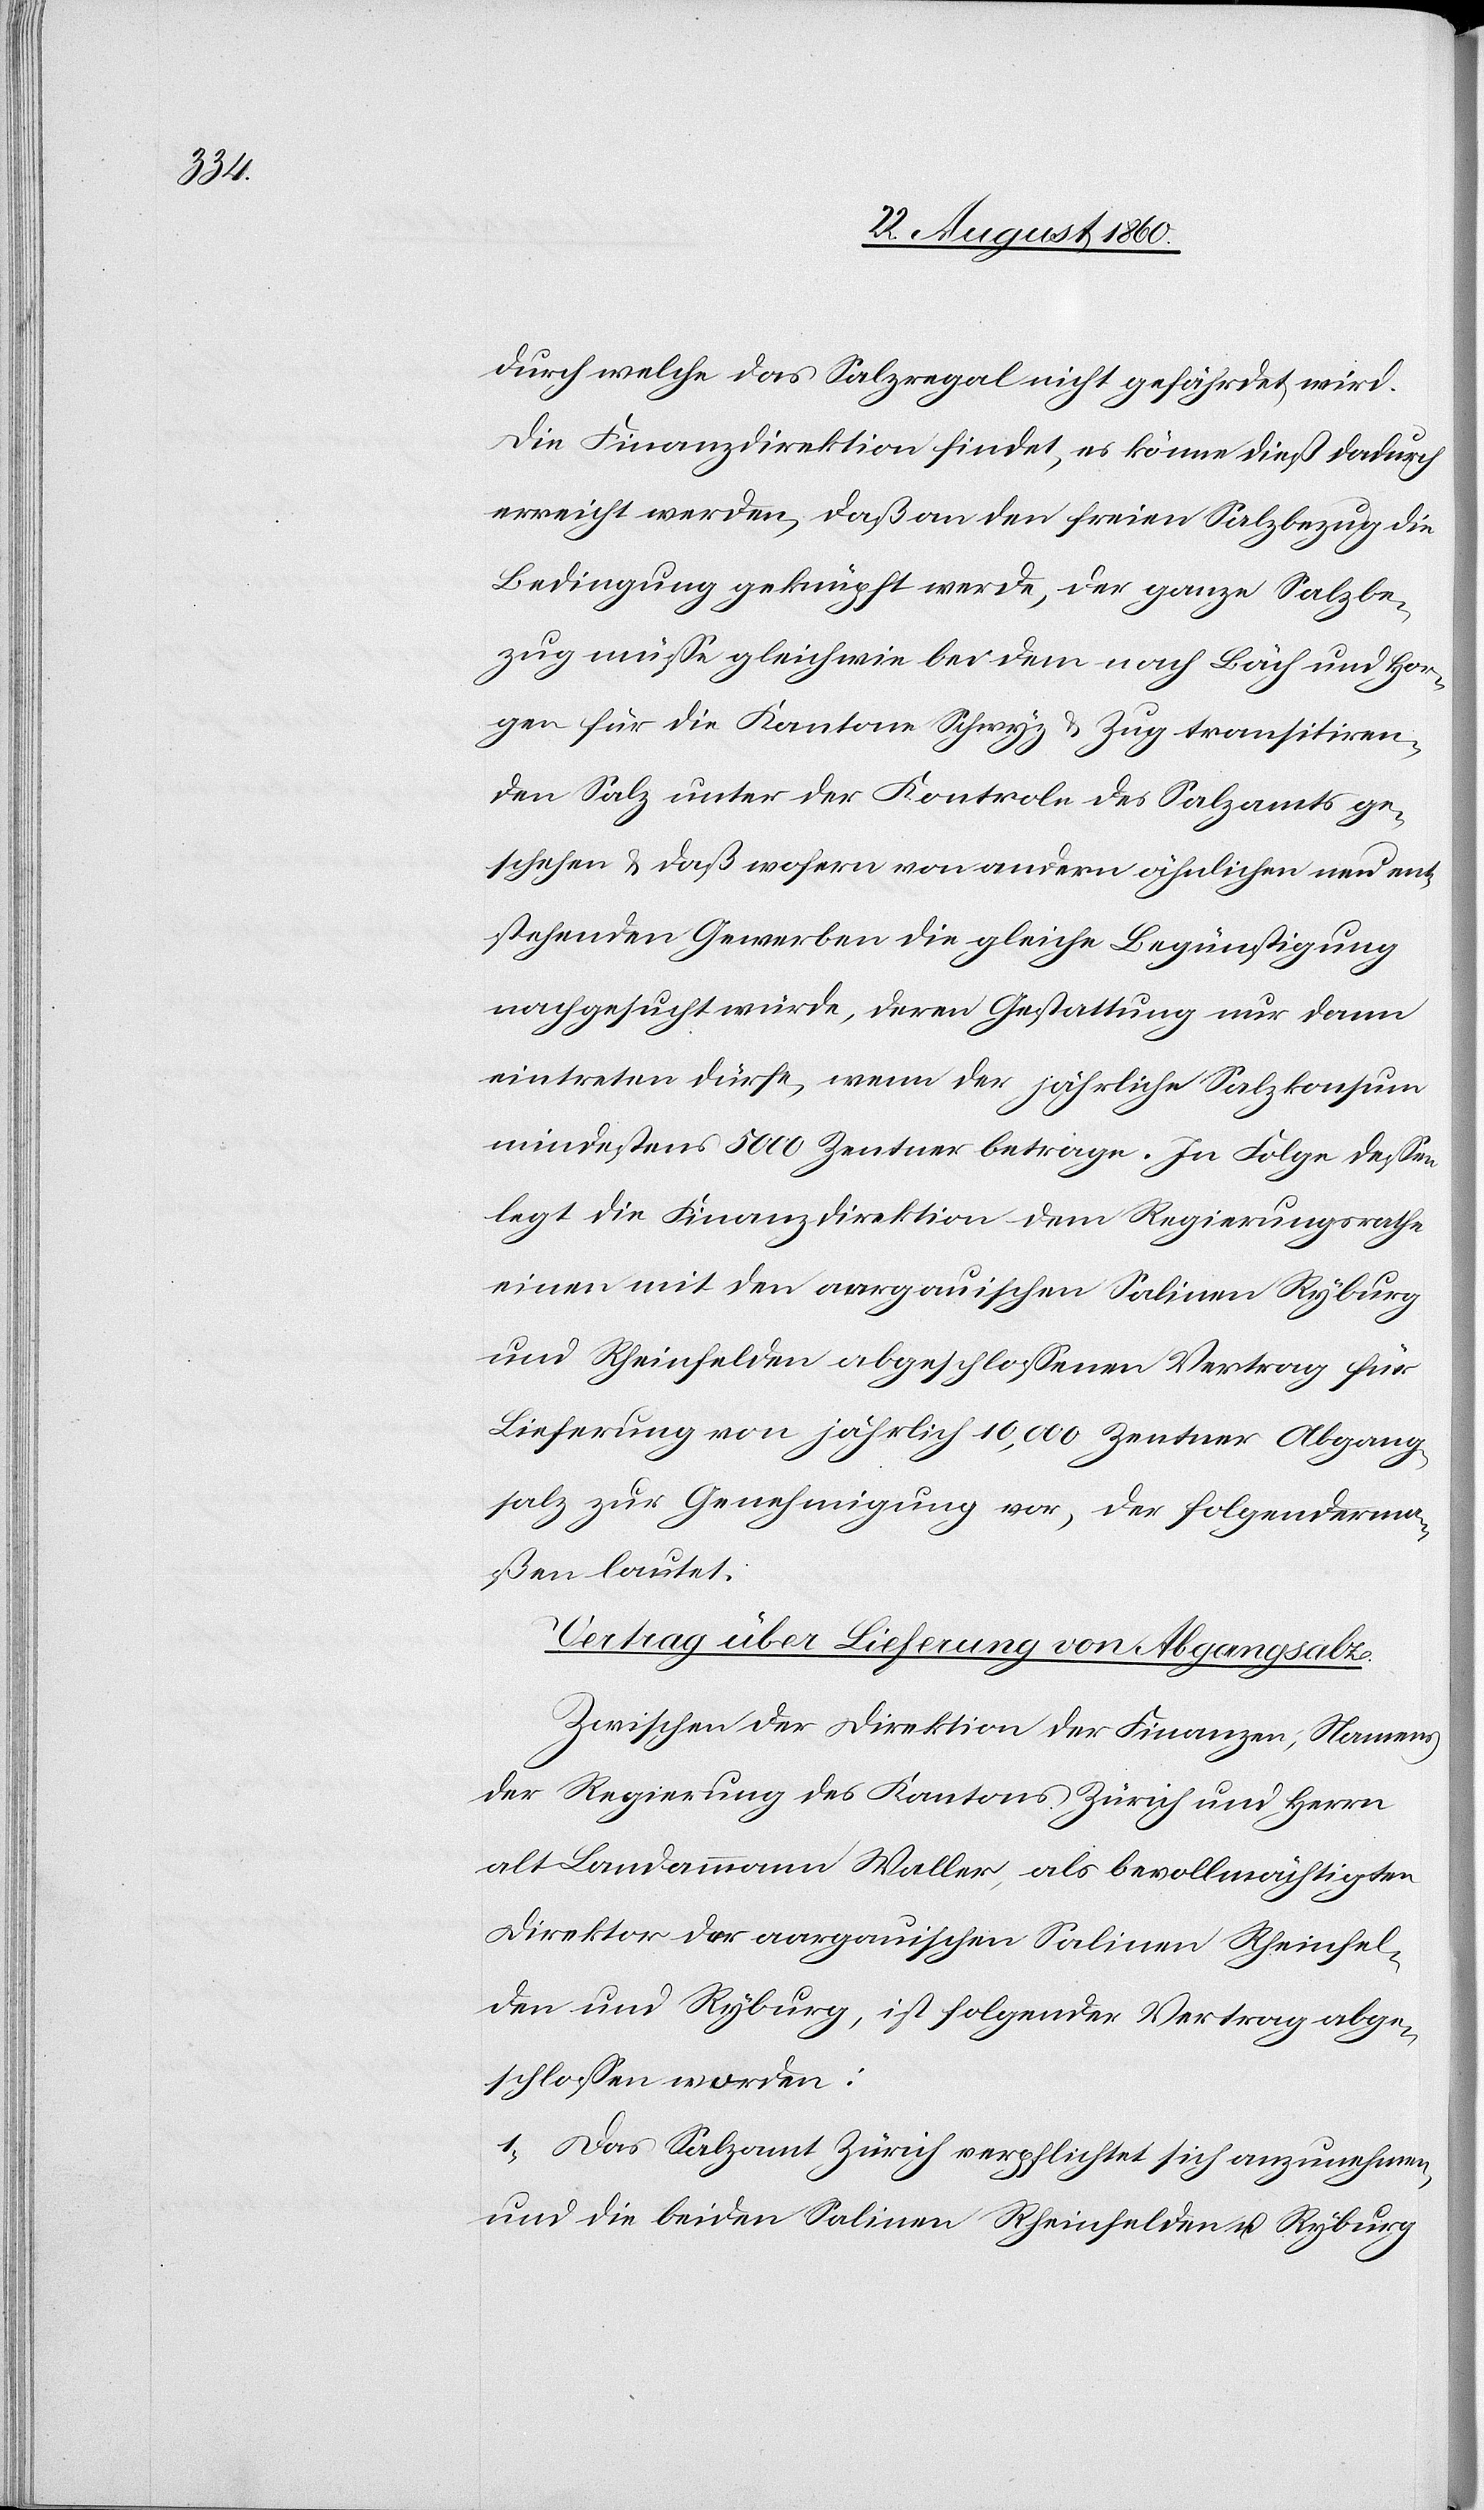
durch welche das Salzregal nicht gefährdet wird.
Die Finanzdirektion findet, es könne diess dadurch
erreicht werden, dass an den freien Salzbezug die
Bedingung geknüpft werde, der ganze Salzbe¬
zug müsse gleich wie bei dem nach Bäch und Hor¬
gen für die Kantone Schwyz u. Zug transportiren¬
den Salz unter der Controle des Salzamts ge¬
schehen u. dass wofern von andern ähnlichen neu ent¬
stehenden Gewerben die gleiche Begünstigung
nachgesucht würde, deren Gestattung nur dann
eintreten dürfe, wenn der jährliche Salzkonsum
mindestens 5000 Zentner betrage. In Folge dessen
legt die Finanzdirektion dem Regierungsrathe
einen mit den aargauischen Salinen Ryburg
und Rheinfelden abgeschlossenen Vertrag für
Lieferung von jährlich 10,000 Centner Abgang¬
salz zur Genehmigung vor, der folgenderma¬
ssen lautet:
Vertrag über Lieferung von Abgangsalz.
Zwischen der Direktion der Finanzen, Namens
der Regierung des Kantons Zürich und Herrn
alt Landammann Waller, als bevollmächtigten
Direktor der aargauischen Salinen Rheinfel¬
den und Ryburg, ist folgender Vertrag abge¬
schlossen worden.
1) Das Salzamt Zürich verpflichtet sich anzunehmen
und die beiden Salinen Rheinfelden und Ryburg